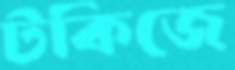
টকিজে